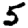
Digit: 5